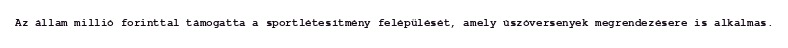
Az állam millió forinttal támogatta a sportlétesítmény felépülését, amely úszóversenyek megrendezésere is alkalmas.